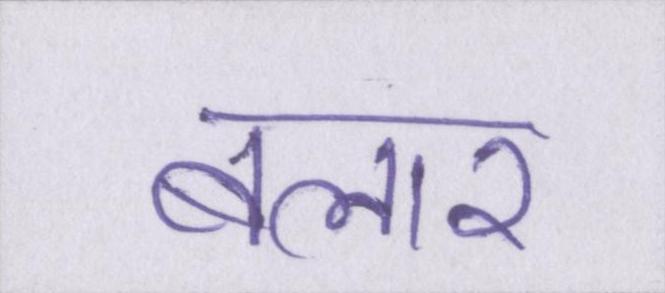
बलार